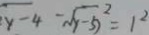
\sqrt { y - 4 } - \sqrt { y - 5 } ^ { 2 } = 1 ^ { 2 }